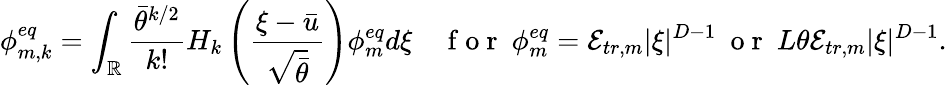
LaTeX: \phi_{m,k}^{eq}=\int_{\mathbb{R}}\frac{\bar{\theta}^{k/2}}{k!}H_{k}\left(\frac{\xi-\bar{u}}{\sqrt{\bar{\theta}}}\right)\phi_{m}^{eq}d\xi\quad\mathrm{~f~o~r~}\ \phi_{m}^{eq}=\mathcal{E}_{tr,m}|\xi|^{D-1}\ \mathrm{~o~r~}\ L\theta\mathcal{E}_{tr,m}|\xi|^{D-1}.